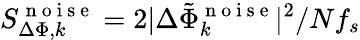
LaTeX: S_{\Delta\Phi,k}^{\mathrm{~n~o~i~s~e~}}=2|\Delta\tilde{\Phi}_{k}^{\mathrm{~n~o~i~s~e~}}|^{2}/Nf_{s}